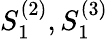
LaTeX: S_{1}^{(2)},S_{1}^{(3)}